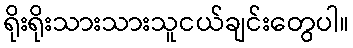
ရိုးရိုးသားသားသူငယ်ချင်းတွေပါ။